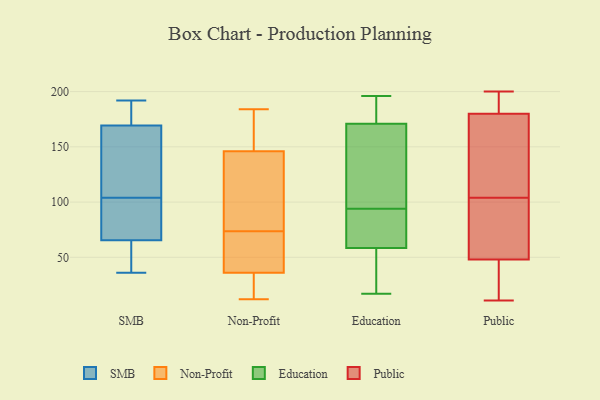
{"axis": {"x": "Inventory Turnover", "y": "Value"}, "legend": ["Education", "Non-Profit", "Public", "SMB"], "data": [{"x": "", "y": 192, "type": "SMB"}, {"x": "", "y": 153, "type": "SMB"}, {"x": "", "y": 92, "type": "SMB"}, {"x": "", "y": 64, "type": "SMB"}, {"x": "", "y": 70, "type": "SMB"}, {"x": "", "y": 36, "type": "SMB"}, {"x": "", "y": 173, "type": "SMB"}, {"x": "", "y": 57, "type": "SMB"}, {"x": "", "y": 81, "type": "SMB"}, {"x": "", "y": 158, "type": "SMB"}, {"x": "", "y": 187, "type": "SMB"}, {"x": "", "y": 59, "type": "SMB"}, {"x": "", "y": 189, "type": "SMB"}, {"x": "", "y": 104, "type": "SMB"}, {"x": "", "y": 153, "type": "SMB"}, {"x": "", "y": 184, "type": "Non-Profit"}, {"x": "", "y": 36, "type": "Non-Profit"}, {"x": "", "y": 174, "type": "Non-Profit"}, {"x": "", "y": 166, "type": "Non-Profit"}, {"x": "", "y": 54, "type": "Non-Profit"}, {"x": "", "y": 59, "type": "Non-Profit"}, {"x": "", "y": 15, "type": "Non-Profit"}, {"x": "", "y": 12, "type": "Non-Profit"}, {"x": "", "y": 88, "type": "Non-Profit"}, {"x": "", "y": 36, "type": "Non-Profit"}, {"x": "", "y": 144, "type": "Non-Profit"}, {"x": "", "y": 93, "type": "Non-Profit"}, {"x": "", "y": 43, "type": "Non-Profit"}, {"x": "", "y": 146, "type": "Non-Profit"}, {"x": "", "y": 120, "type": "Education"}, {"x": "", "y": 177, "type": "Education"}, {"x": "", "y": 17, "type": "Education"}, {"x": "", "y": 119, "type": "Education"}, {"x": "", "y": 196, "type": "Education"}, {"x": "", "y": 176, "type": "Education"}, {"x": "", "y": 181, "type": "Education"}, {"x": "", "y": 58, "type": "Education"}, {"x": "", "y": 36, "type": "Education"}, {"x": "", "y": 68, "type": "Education"}, {"x": "", "y": 62, "type": "Education"}, {"x": "", "y": 61, "type": "Education"}, {"x": "", "y": 41, "type": "Education"}, {"x": "", "y": 44, "type": "Education"}, {"x": "", "y": 60, "type": "Education"}, {"x": "", "y": 112, "type": "Education"}, {"x": "", "y": 156, "type": "Education"}, {"x": "", "y": 185, "type": "Education"}, {"x": "", "y": 94, "type": "Education"}, {"x": "", "y": 38, "type": "Public"}, {"x": "", "y": 128, "type": "Public"}, {"x": "", "y": 113, "type": "Public"}, {"x": "", "y": 117, "type": "Public"}, {"x": "", "y": 82, "type": "Public"}, {"x": "", "y": 180, "type": "Public"}, {"x": "", "y": 57, "type": "Public"}, {"x": "", "y": 39, "type": "Public"}, {"x": "", "y": 182, "type": "Public"}, {"x": "", "y": 16, "type": "Public"}, {"x": "", "y": 48, "type": "Public"}, {"x": "", "y": 183, "type": "Public"}, {"x": "", "y": 11, "type": "Public"}, {"x": "", "y": 154, "type": "Public"}, {"x": "", "y": 51, "type": "Public"}, {"x": "", "y": 200, "type": "Public"}, {"x": "", "y": 199, "type": "Public"}, {"x": "", "y": 95, "type": "Public"}]}